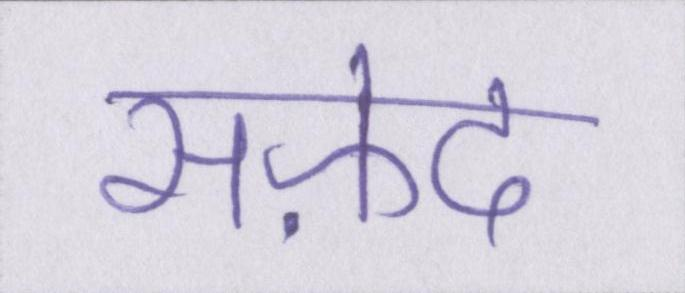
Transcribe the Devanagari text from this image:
सफ़ेद